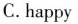
C.happy